Subject: math
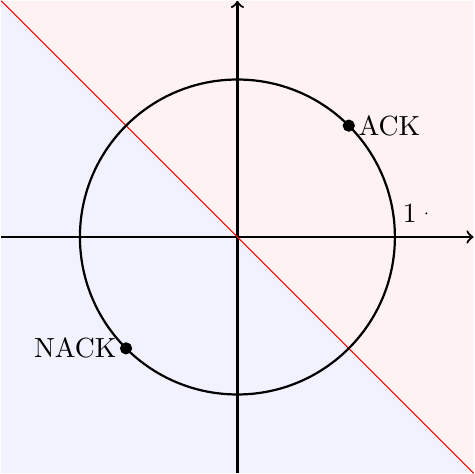
LaTeX code:
    \begin{tikzpicture}
    \fill [blue!5](-3,3) -- (-3,3) -- (-3,-3) -- (3,-3) -- (3,-3);
    \fill [red!5](3,3) -- (-3,3) -- (3,-3);
    \draw [thick,->](-3,0) -- (3,0);
    \draw [thick,->](0,-3) -- (0,3);
    \draw [thin,red](-3,3) -- (3,-3);
    \draw [thick] (0,0) circle (2);
    \filldraw[black] (1.41421,1.41421) circle (2pt) node[anchor=west] {ACK};
    \filldraw[black] (-1.41421,-1.41421) circle (2pt) node[anchor=east] {NACK};
    \filldraw[black] (2.4,0.3) circle (0.1pt) node[anchor=east] {1};
    \end{tikzpicture}